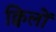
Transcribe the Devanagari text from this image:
क्विलों